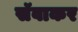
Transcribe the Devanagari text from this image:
सॅवाकर